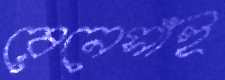
রেনেসাঁই